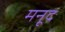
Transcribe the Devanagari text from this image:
मनूद